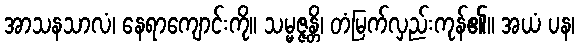
အာသနသာလံ၊ နေရာကျောင်းကို။ သမ္မဇ္ဇန္တိ၊ တံမြက်လှည်းကုန်၏။ အယံ ပန၊